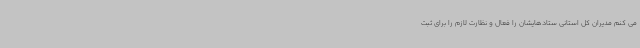
می کنم مدیران کل استانی ستادهایشان را فعال و نظارت لازم را برای ثبت